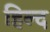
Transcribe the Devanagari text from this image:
हिल्द